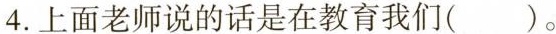
4.上面老师说的话是在教育我们( )。